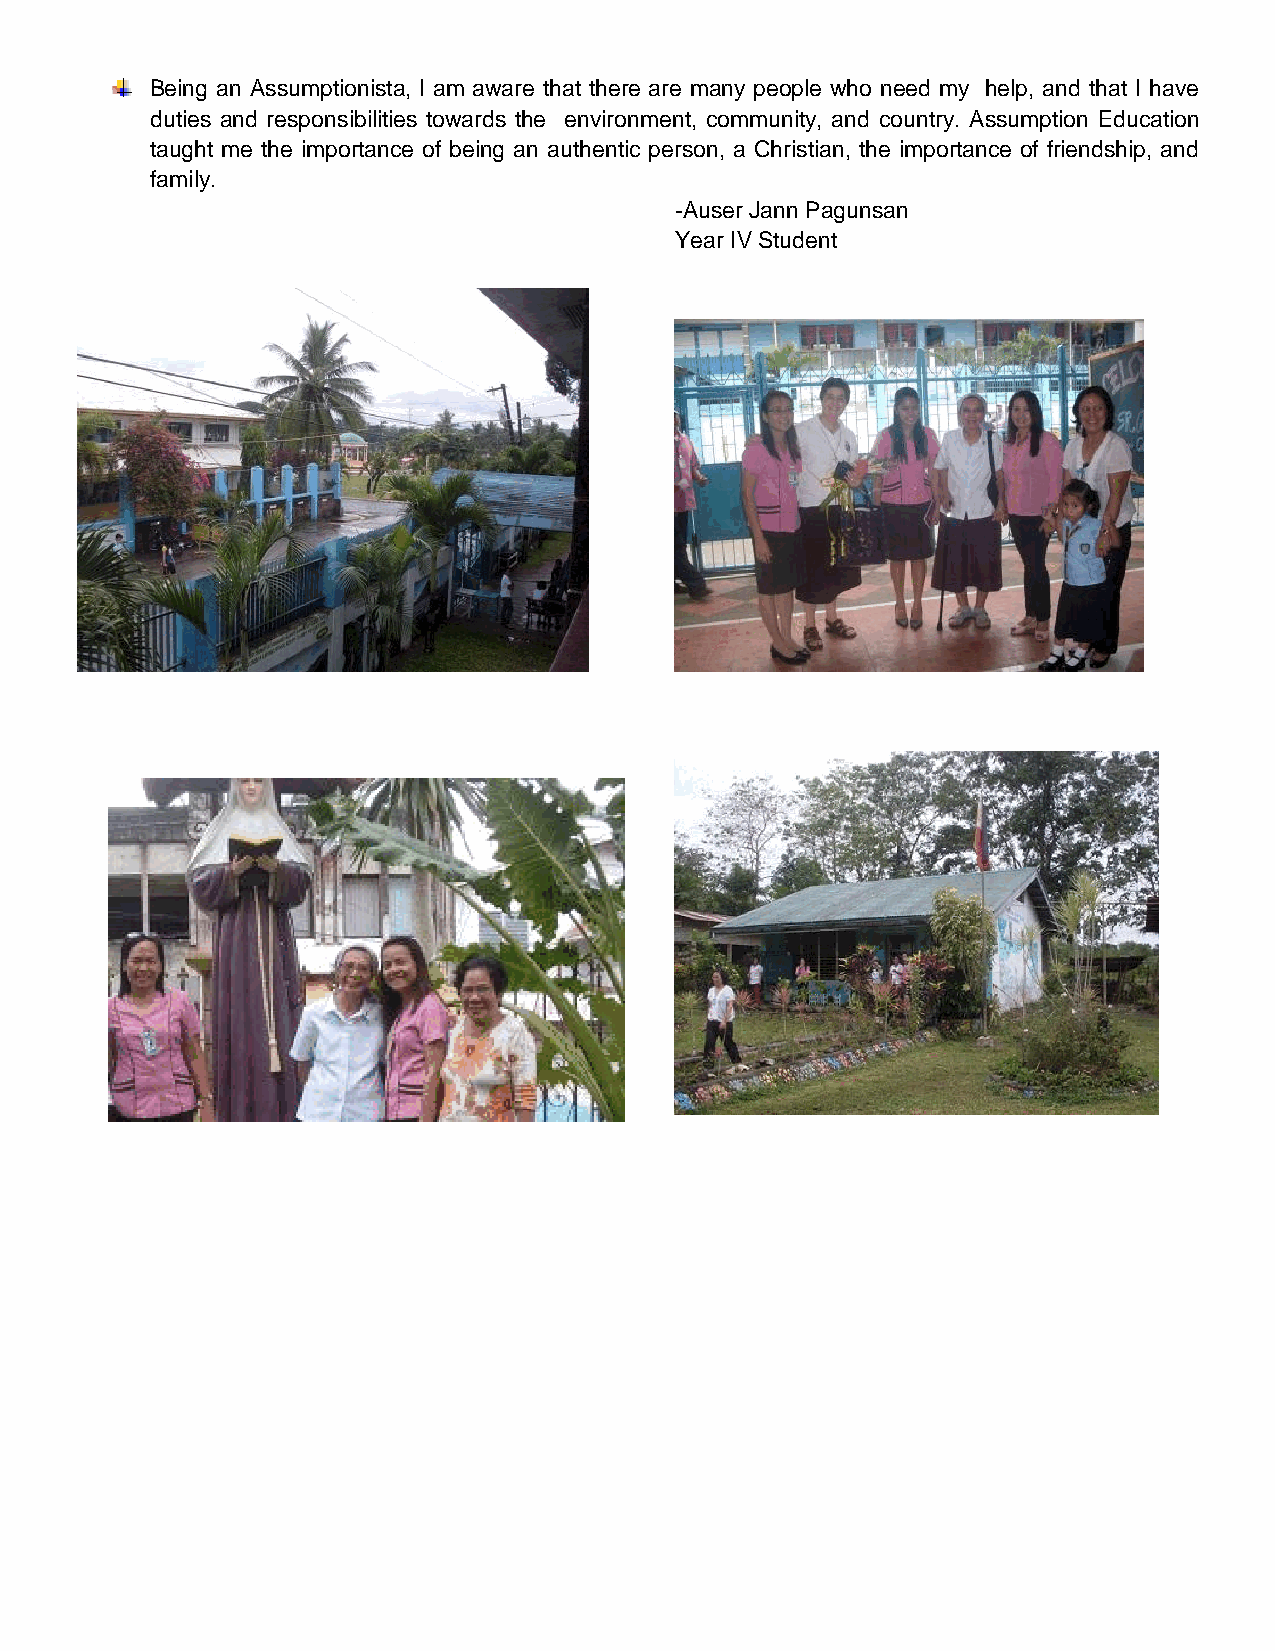
Being an Assumptionista, I am aware that there are many people who need my help, and that I have
 duties and responsibilities towards the environment, community, and country. Assumption Education
 taught me the importance of being an authentic person, a Christian, the importance of friendship, and
 family.
 -Auser Jann Pagunsan
 Year IV Student